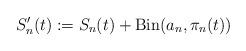
LaTeX: \begin{align*}S_n'(t):=S_n(t)+\mathrm{Bin}(a_n,\pi_n(t))\end{align*}